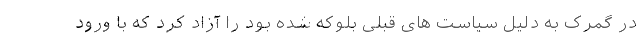
در گمرک به دلیل سیاست های قبلی بلوکه شده بود را آزاد کرد که با ورود